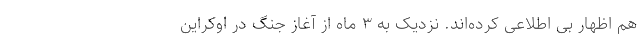
هم اظهار بی اطلاعی کرده‌اند. نزدیک به ۳ ماه از آغاز جنگ در اوکراین